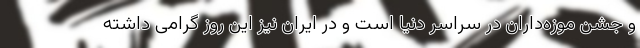
و جشن موزه‌داران در سراسر دنیا است و در ایران نیز این روز گرامی داشته